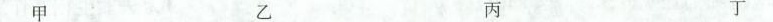
甲 乙 丙 丁